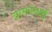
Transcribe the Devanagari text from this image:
ग्रामस्यार्थे